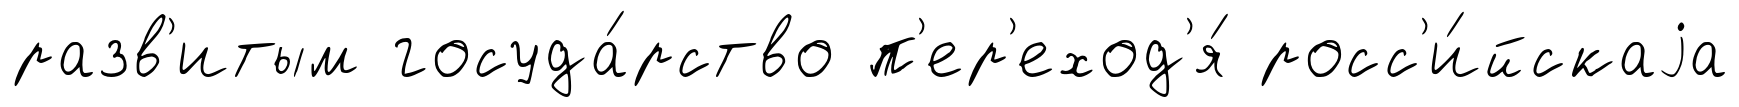
разв'итым госуда́рство п'ер'еход'я́ росс'и́йскаjа